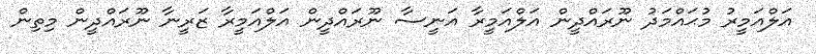
އަލްއަމީރު މުޙައްމަދު ނޫރައްދީން އަލްއަމީރާ އަނީސާ ނޫރައްދީން އަލްއަމީރާ ޒަރީނާ ނޫރައްދީން މިތިން